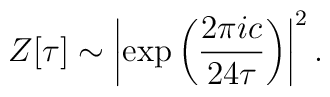
Z[\tau] \sim \left| \exp \left( {2\pi i c \over 24 \tau}\right)\right|^2 .